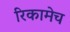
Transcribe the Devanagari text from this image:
रिकामेच